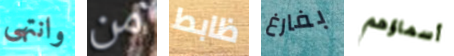
وانتهى من ظابط بفارغ أسماؤهم